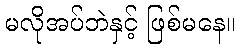
မလိုအပ်ဘဲနှင့် ဖြစ်မနေ။